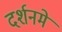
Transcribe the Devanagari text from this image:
दर्शनमे